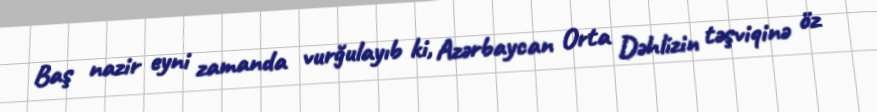
Baş nazir eyni zamanda vurğulayıb ki, Azərbaycan Orta Dəhlizin təşviqinə öz